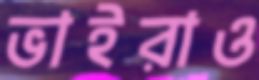
ভাইরাও